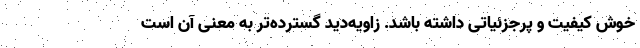
خوش کیفیت و پرجزئیاتی داشته باشد. زاویه‌دید گسترده‌تر به معنی آن است